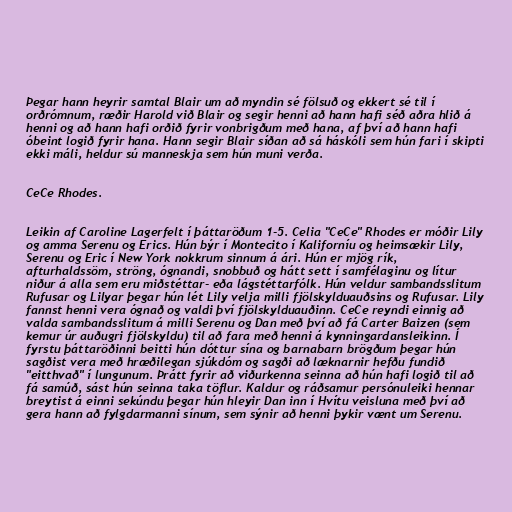
Þegar hann heyrir samtal Blair um að myndin sé fölsuð og ekkert sé til í
orðrómnum, ræðir Harold við Blair og segir henni að hann hafi séð aðra hlið á
henni og að hann hafi orðið fyrir vonbrigðum með hana, af því að hann hafi
óbeint logið fyrir hana. Hann segir Blair síðan að sá háskóli sem hún fari í skipti
ekki máli, heldur sú manneskja sem hún muni verða.

CeCe Rhodes.

Leikin af Caroline Lagerfelt í þáttaröðum 1-5. Celia "CeCe" Rhodes er móðir Lily
og amma Serenu og Erics. Hún býr í Montecito í Kaliforníu og heimsækir Lily,
Serenu og Eric í New York nokkrum sinnum á ári. Hún er mjög rík,
afturhaldssöm, ströng, ógnandi, snobbuð og hátt sett í samfélaginu og lítur
niður á alla sem eru miðstéttar- eða lágstéttarfólk. Hún veldur sambandsslitum
Rufusar og Lilyar þegar hún lét Lily velja milli fjölskylduauðsins og Rufusar. Lily
fannst henni vera ógnað og valdi því fjölskylduauðinn. CeCe reyndi einnig að
valda sambandsslitum á milli Serenu og Dan með því að fá Carter Baizen (sem
kemur úr auðugri fjölskyldu) til að fara með henni á kynningardansleikinn. Í
fyrstu þáttaröðinni beitti hún dóttur sína og barnabarn brögðum þegar hún
sagðist vera með hræðilegan sjúkdóm og sagði að læknarnir hefðu fundið
"eitthvað" í lungunum. Þrátt fyrir að viðurkenna seinna að hún hafi logið til að
fá samúð, sást hún seinna taka töflur. Kaldur og ráðsamur persónuleiki hennar
breytist á einni sekúndu þegar hún hleyir Dan inn í Hvítu veisluna með því að
gera hann að fylgdarmanni sínum, sem sýnir að henni þykir vænt um Serenu.